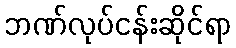
ဘဏ်လုပ်ငန်းဆိုင်ရာ